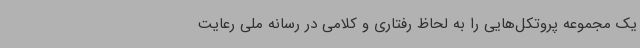
یک مجموعه پروتکل‌هایی را به لحاظ رفتاری و کلامی در رسانه ملی رعایت